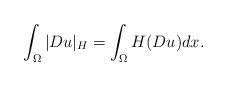
LaTeX: \begin{align*}\int_{\Omega} |Du|_H =\int_\Omega H(Du) dx.\end{align*}